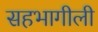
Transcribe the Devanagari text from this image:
सहभागीली